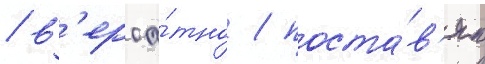
/ в'ероа́тно / поста́в'ят